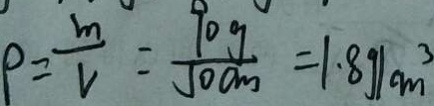
P = \frac { m } { V } = \frac { 9 0 g } { 5 0 c m } = 1 . 8 g / c m ^ { 3 }